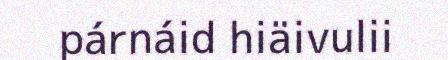
párnáid hiäivulii